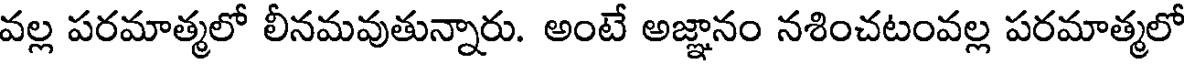
వల్ల పరమాత్మలో లీనమవుతున్నారు. అంటే అజ్ఞానం నశించటంవల్ల పరమాత్మలో